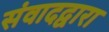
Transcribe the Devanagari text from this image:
संवादद्वारा